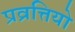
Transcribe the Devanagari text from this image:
प्रव्रत्तियो